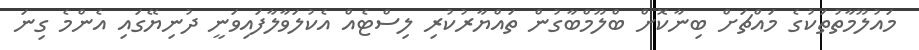
މައުލޫމާތުތަކުގެ މައްޗަށް ބިނާކޮށް ބްލޫމްބާގުން ތައްޔާރުކުރި ލިސްޓެއް އެކުލަވާލާފައިވަނީ ދުނިޔޭގައި އެންމެ ގިނަ